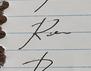
Signature authenticity: forged